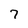
Character: 7